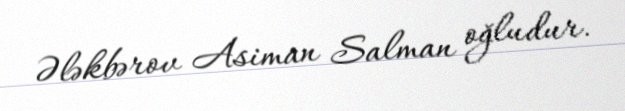
Ələkbərov Asiman Salman oğludur.